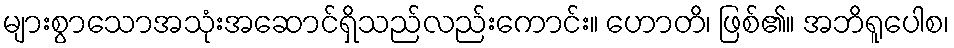
များစွာသောအသုံးအဆောင်ရှိသည်လည်းကောင်း။ ဟောတိ၊ ဖြစ်၏။ အဘိရူပေါစ၊